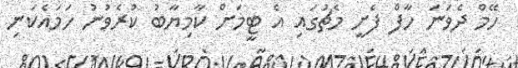
ހޭމް ދެވަނަ ހާފް ފެށީ މެޗުގައި އެ ޓީމަށް ކާމިޔާބު ކުރެވުނު ހަމައެކަނި